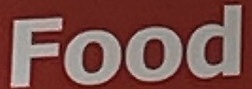
Food